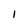
Character: 1